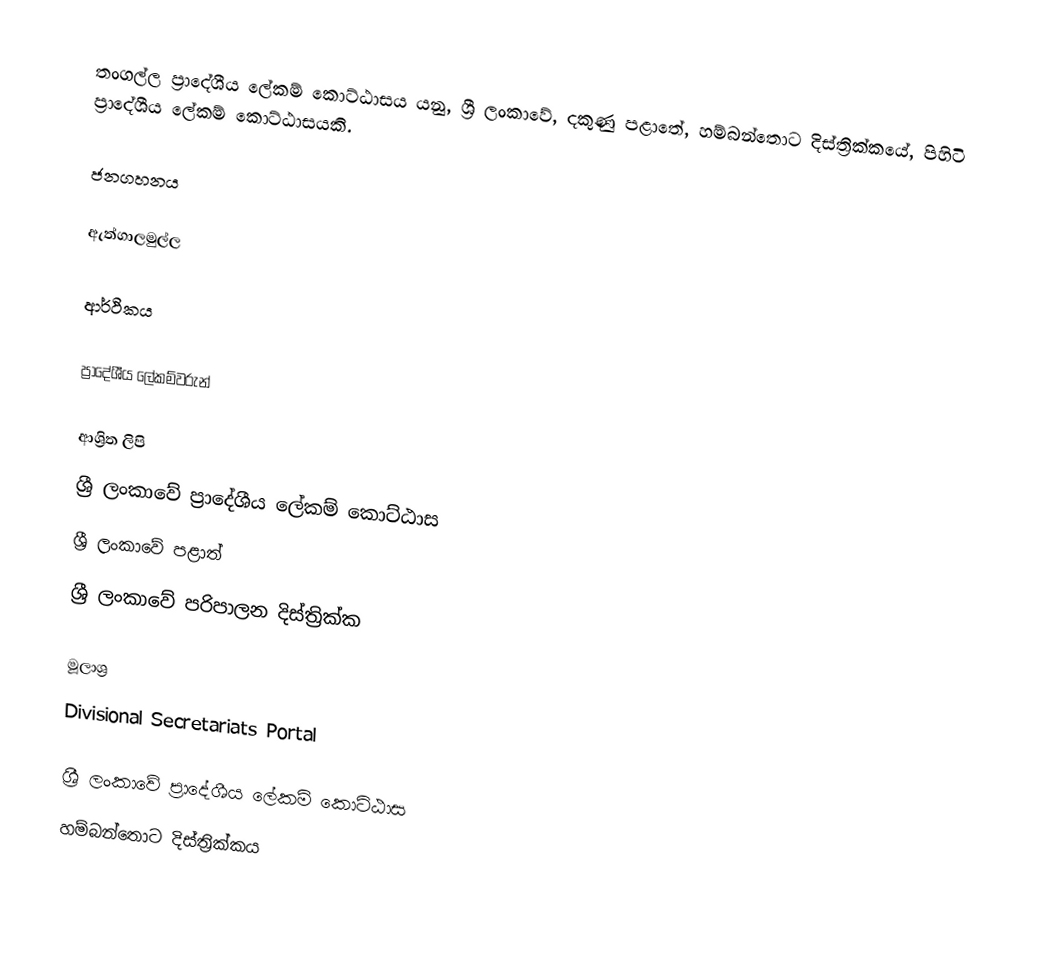
තංගල්ල ප්‍රාදේශීය ලේකම් කොට්ඨාසය යනු,  ශ්‍රී ලංකාවේ, දකුණු පළාතේ,   හම්බන්තොට දිස්ත්‍රික්කයේ, පිහිටි ප්‍රාදේශීය ලේකම් කොට්ඨාසයකි.

ජනගහනය

ඇත්ගාලමුල්ල

ආර්ථිකය

ප්‍රාදේශීය ලේකම්වරුන්

ආශ්‍රිත ලිපි
ශ්‍රී ලංකාවේ ප්‍රාදේශීය ලේකම් කොට්ඨාස
ශ්‍රී ලංකාවේ පළාත්
ශ්‍රී ලංකාවේ පරිපාලන දිස්ත්‍රික්ක

මූලාශ්‍ර
 Divisional Secretariats Portal

ශ්‍රී ලංකාවේ ප්‍රාදේශීය ලේකම් කොට්ඨාස
හම්බන්තොට දිස්ත්‍රික්කය